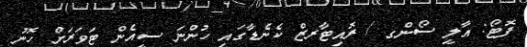
ފޮޓޯ: އާލީ ސޯންގ / ރޮއިޓާރޒް ކެނެޑާގައި ހުންނަ ސީއެން ޓަވަރަށް ހޮނު